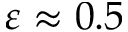
\varepsilon \approx 0 . 5